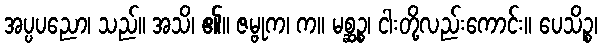
အပ္ပပညော၊ သည်။ အသိ၊ ၏။ ဇမ္ဗုက၊ က။ မစ္ဆဉ္စ၊ ငါးတို့လည်းကောင်း။ ပေသိဉ္စ၊